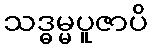
သဒ္ဓမ္မပူဇာပိ